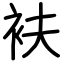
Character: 衭